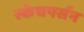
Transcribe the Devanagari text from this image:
स्केचपर्सन